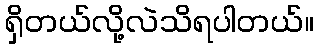
ရှိတယ်လို့လဲသိရပါတယ်။